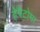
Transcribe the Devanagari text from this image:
हेपैटोमा